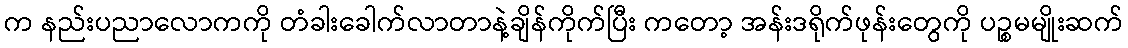
က နည်းပညာလောကကို တံခါးခေါက်လာတာနဲ့ချိန်ကိုက်ပြီး ကတော့ အန်းဒရိုက်ဖုန်းတွေကို ပဉ္စမမျိုးဆက်